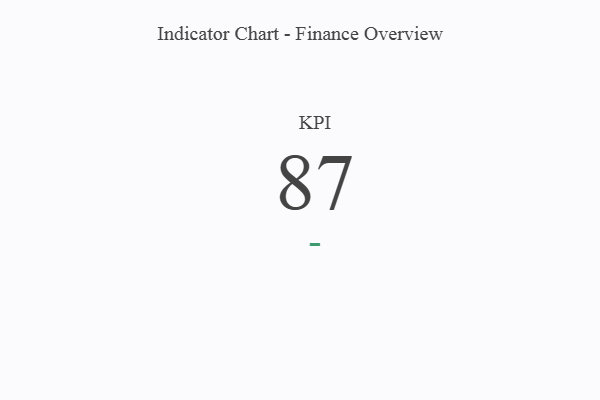
{"axis": {"x": "KPI", "y": "Value"}, "legend": [""], "data": [{"x": "KPI", "y": 87, "type": ""}]}